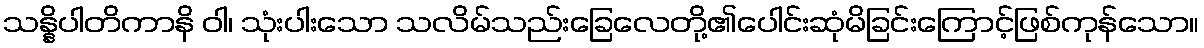
သန္နိပါတိကာနိ ဝါ၊ သုံးပါးသော သလိမ်သည်းခြေလေတို့၏ပေါင်းဆုံမိခြင်းကြောင့်ဖြစ်ကုန်သော။